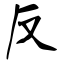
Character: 反